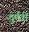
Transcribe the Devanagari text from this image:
दुर्मती